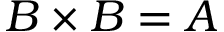
B \times B = A